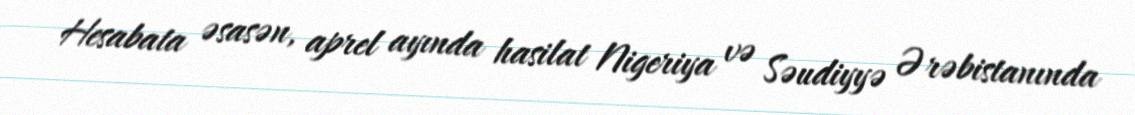
Hesabata əsasən, aprel ayında hasilat Nigeriya və Səudiyyə Ərəbistanında